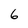
Character: 6